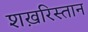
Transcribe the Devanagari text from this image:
शख़रिस्तान